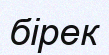
бірек